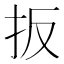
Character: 扳